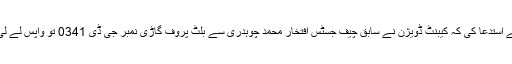
ایڈووکیٹ ریاض حنیف راہی نے ایف آئی اے کے ڈائریکٹر جنرل سے استدعا کی کہ کیبنٹ ڈویژن نے سابق چیف جسٹس افتخار محمد چوہدری سے بلٹ پروف گاڑی نمبر جی ڈی 0341 تو واپس لے لی ہے مگر اس گاڑی پر خرچ آنیوالی رقم تاحال ریکور نہیں کی ہے ۔